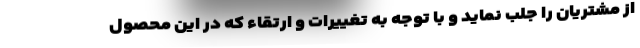
از مشتریان را جلب نماید و با توجه به تغییرات و ارتقاء که در این محصول